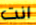
انت